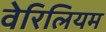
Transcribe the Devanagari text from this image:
वेरिलियम